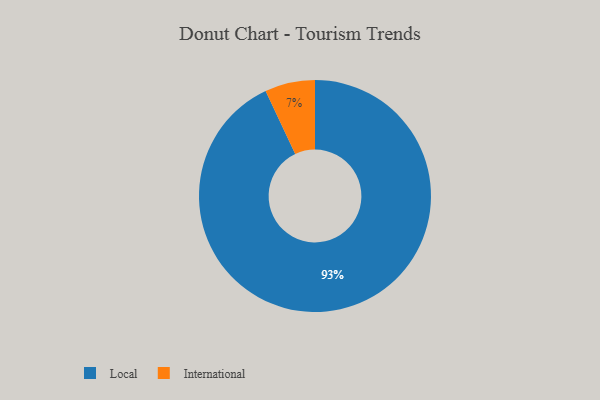
{"axis": {"x": "Category", "y": "Percentage"}, "legend": ["International", "Local"], "data": [{"x": "Local", "y": 93, "type": "Local"}, {"x": "International", "y": 7, "type": "International"}]}